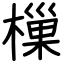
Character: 樔